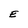
Character: E